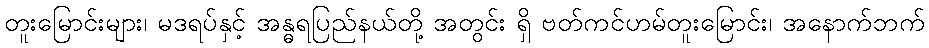
တူးမြောင်းများ၊ မဒရပ်နှင့် အန္ဓရပြည်နယ်တို့ အတွင်း ရှိ ဗတ်ကင်ဟမ်တူးမြောင်း၊ အနောက်ဘက်